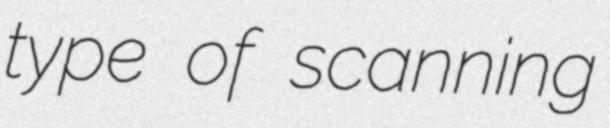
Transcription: type of scanning